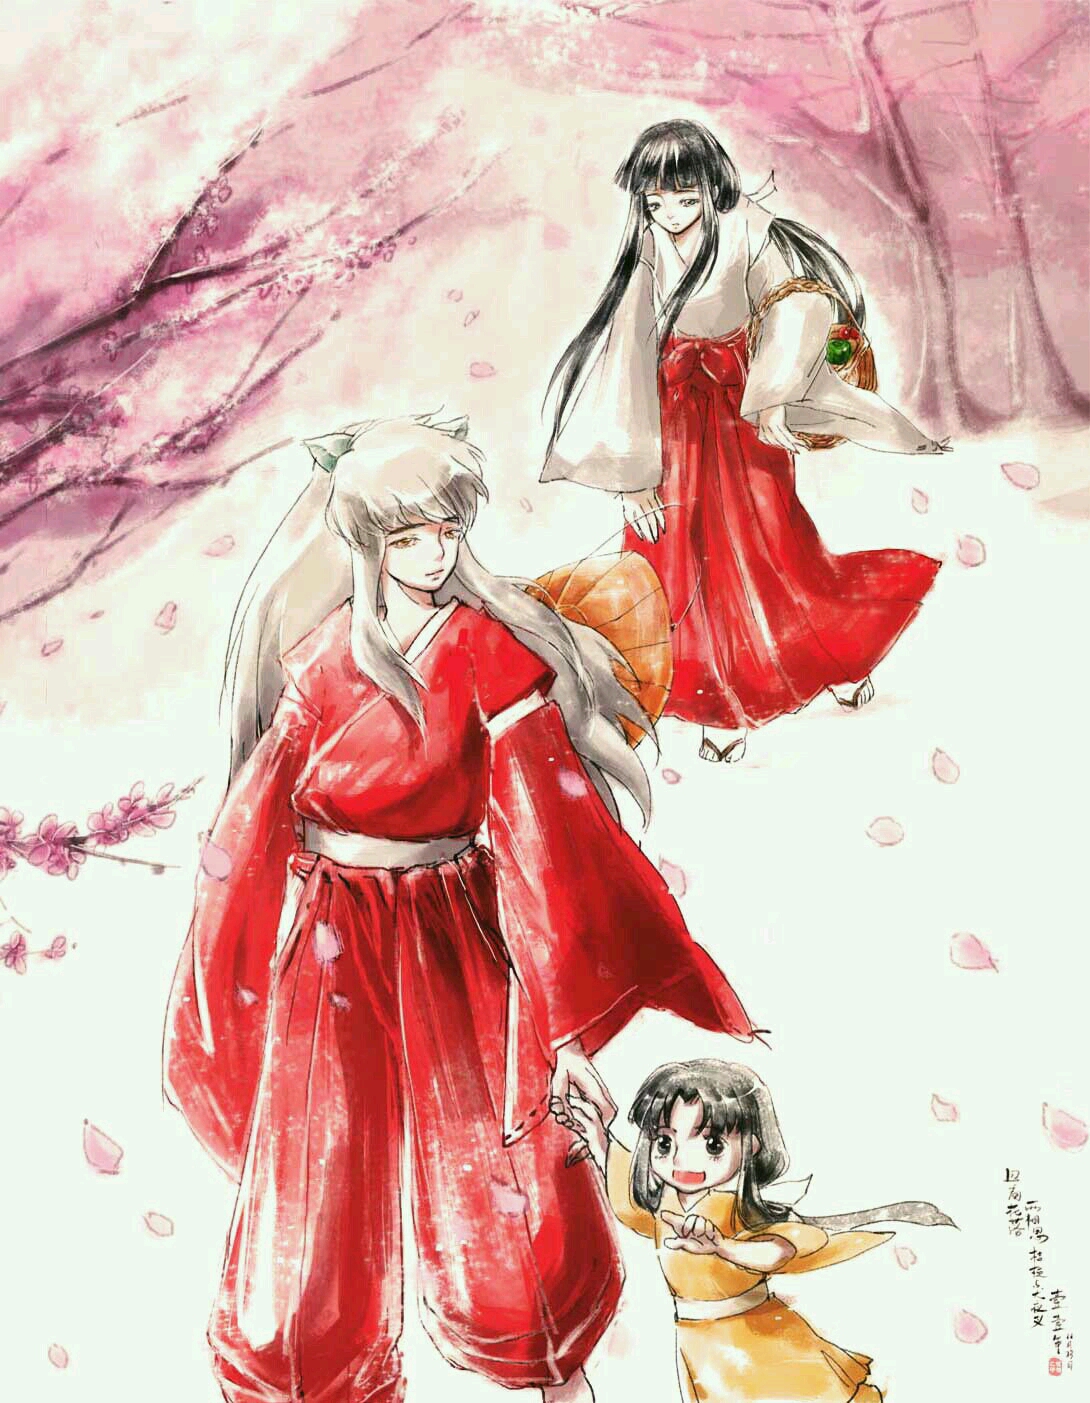
公乎跃马扬玉鞭，灭没高蹄日千里。